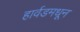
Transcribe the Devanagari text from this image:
हार्वडमधून